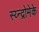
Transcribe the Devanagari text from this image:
स्य्न्द्रोमेके